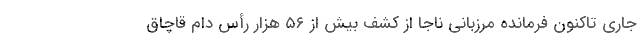
جاری تاکنون فرمانده مرزبانی ناجا از کشف بیش از ۵۶ هزار رأس دام قاچاق